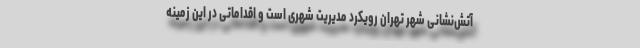
آتش‌نشانی شهر تهران رویکرد مدیریت شهری است و اقداماتی در این زمینه